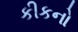
કીકનો